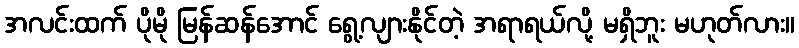
အလင်းထက် ပိုမို မြန်ဆန်အောင် ရွေ့လျားနိုင်တဲ့ အရာရယ်လို့ မရှိဘူး မဟုတ်လား။